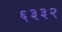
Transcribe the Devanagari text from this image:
६३३२